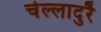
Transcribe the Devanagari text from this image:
चेल्लादुरै